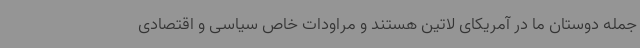
جمله دوستان ما در آمریکای لاتین هستند و مراودات خاص سیاسی و اقتصادی